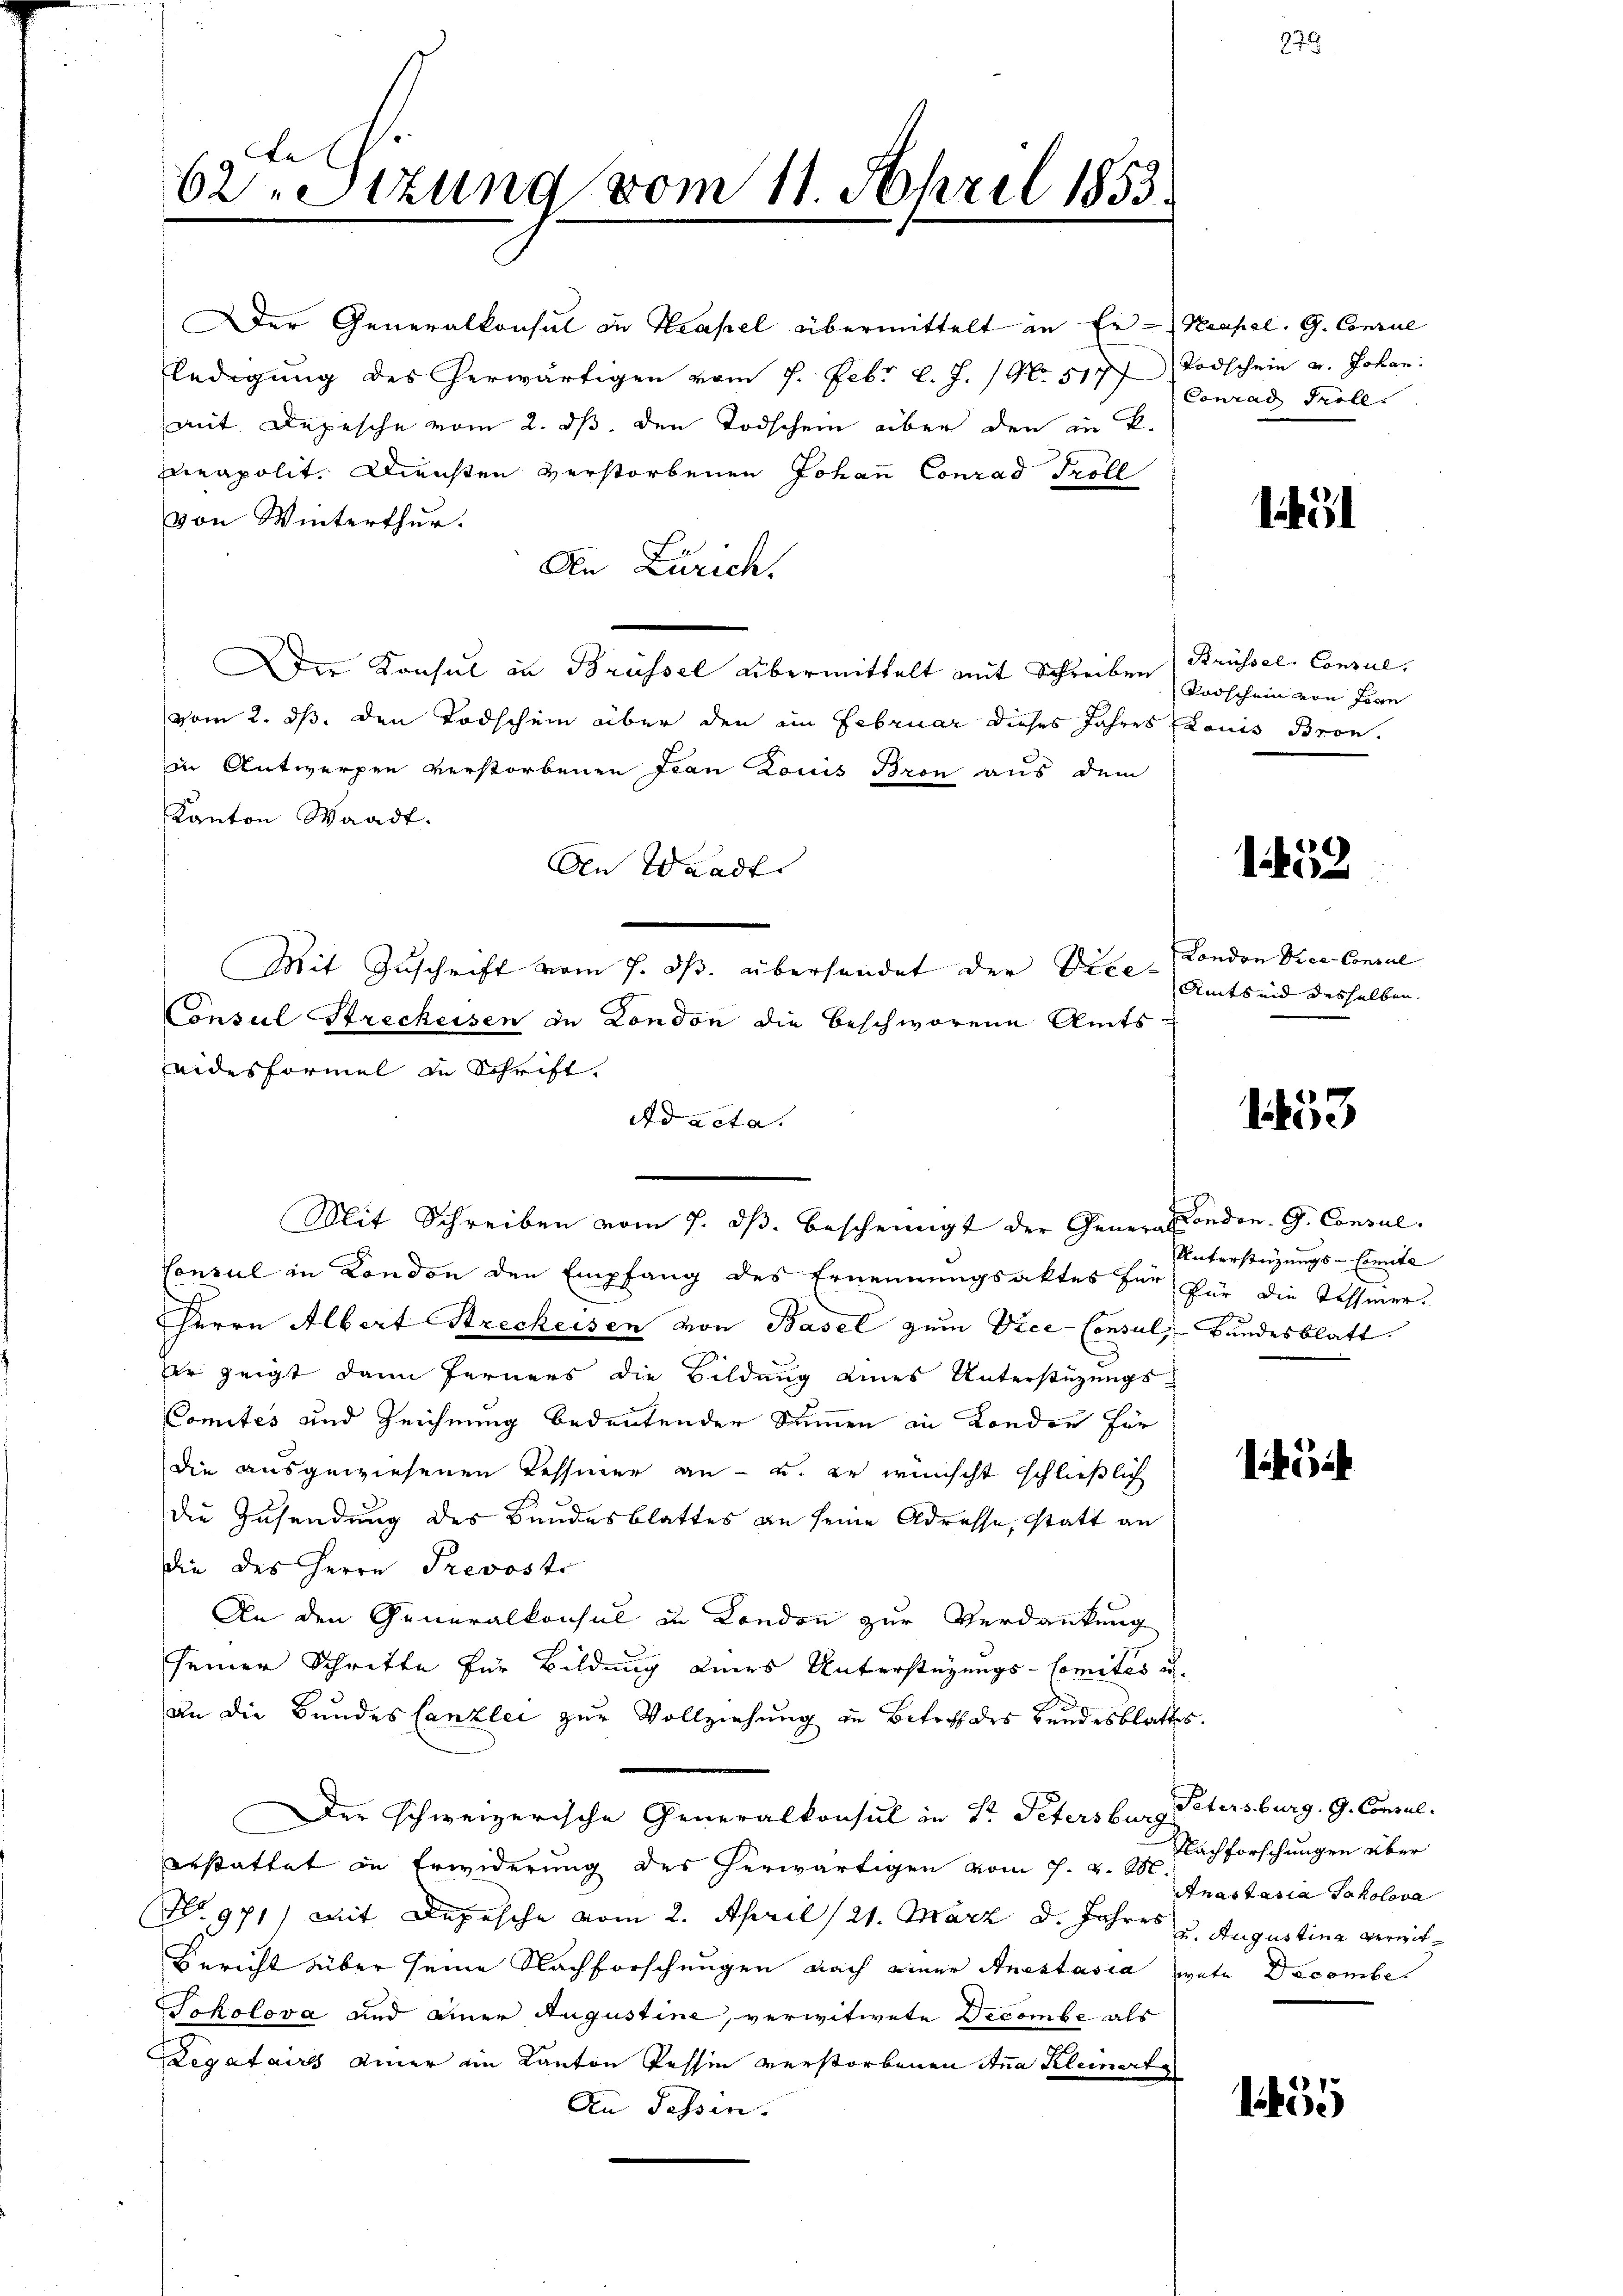
62ten Sizung vom 11. April 1853.

Der Generalkonsul in Kapel übermittelt in Er - Neapel. G. Concul
ledigung des herwärtigen vom 7. Febr. l. J. / No 5177 Todschein u. Johan
mit. Depesche vom 2. ds. den Todschein aber den in K.
eapolit. Diensten verstorbenen Johann Conrad Troll
von Winterthur.
An Zürich.
Der Konsul in Brüssel übermittelt mit Schreiben Brüssel. Consul,
vom 2. ds. den Todschein über den im Februar dieses Jahres Elonis Bron.
in Antwerpen verstorbenen Jean Louis Bron aus dem
Kanton Waadt.
An Waadt.
Consul Streckeisen in London die Beschworene Amts
aidesformel in Schrift,
Ad acta.
Mit Schreiben vom 7. ds. bescheinigt der GeneralCondon. G. Consul
Consul in Kondon den Empfang des Ernennungsaktes für für die Tessier-
Herrn Albert Streckeisen von Basel zum Vice-Consul, Bandesblatt.
Er zeigt dann ferners die Bildung eines Unterstüzungs-
Comités und Zeichnung bedeutender Summen in London für
die ausgewiesenen Kessiner an - u. er wünscht schließlich
die Zusendung des Bundesblattes an seine Adresse, statt an
die des Herrn Prevoste
An den Generalkonsul in London zur Verdankung
seiner Schritte für Bildung eines Unterstüzungs-Comités u.
an die Bundes Canzlei zur Vollziehung in Betreff des Bundesblattes.
Der schweizerische Generalkonsul in Dr. Petersburg Petersburg. G. Consul
erstattet in Erwiderung des herwärtigen vom 7. v. M.
No 971 mit Depesche vom 2. April (21. März d. Jahres u. Augustina vermit¬
Bericht über seine Nachforschungen nach einer Anestasia wete Decembe
Sokolova und einer Augustine, verwitwete Decombe als
Legataires einer im Kanton Tessin verstorbenen Anna Kleinert
An Fessen. |

Mit Zuschrift vom 7. ds. übersendet der Vice- London Vice-Concul

Conrad Troll.

like

Radschein von Tage

1452

Amtseid desselben.

1453

Unterstüzungs-Comite

öch

Nachforschungen über
Anastasia Sakolova

1455